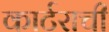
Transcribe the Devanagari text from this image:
कार्टराची